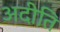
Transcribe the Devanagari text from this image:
अदीति